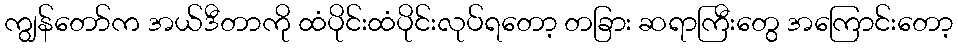
ကျွန်တော်က အယ်ဒီတာကို ထံပိုင်းထံပိုင်းလုပ်ရတော့ တခြား ဆရာကြီးတွေ အကြောင်းတော့